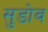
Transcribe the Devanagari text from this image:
सुडोव